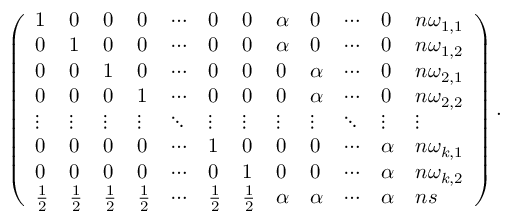
\left( \begin{array} { l l l l l l l l l l l l } { 1 } & { 0 } & { 0 } & { 0 } & { \cdots } & { 0 } & { 0 } & { \alpha } & { 0 } & { \cdots } & { 0 } & { n \omega _ { 1 , 1 } } \\ { 0 } & { 1 } & { 0 } & { 0 } & { \cdots } & { 0 } & { 0 } & { \alpha } & { 0 } & { \cdots } & { 0 } & { n \omega _ { 1 , 2 } } \\ { 0 } & { 0 } & { 1 } & { 0 } & { \cdots } & { 0 } & { 0 } & { 0 } & { \alpha } & { \cdots } & { 0 } & { n \omega _ { 2 , 1 } } \\ { 0 } & { 0 } & { 0 } & { 1 } & { \cdots } & { 0 } & { 0 } & { 0 } & { \alpha } & { \cdots } & { 0 } & { n \omega _ { 2 , 2 } } \\ { \vdots } & { \vdots } & { \vdots } & { \vdots } & { \ddots } & { \vdots } & { \vdots } & { \vdots } & { \vdots } & { \ddots } & { \vdots } & { \vdots } \\ { 0 } & { 0 } & { 0 } & { 0 } & { \cdots } & { 1 } & { 0 } & { 0 } & { 0 } & { \cdots } & { \alpha } & { n \omega _ { k , 1 } } \\ { 0 } & { 0 } & { 0 } & { 0 } & { \cdots } & { 0 } & { 1 } & { 0 } & { 0 } & { \cdots } & { \alpha } & { n \omega _ { k , 2 } } \\ { \frac { 1 } { 2 } } & { \frac { 1 } { 2 } } & { \frac { 1 } { 2 } } & { \frac { 1 } { 2 } } & { \cdots } & { \frac { 1 } { 2 } } & { \frac { 1 } { 2 } } & { \alpha } & { \alpha } & { \cdots } & { \alpha } & { n s } \end{array} \right) .